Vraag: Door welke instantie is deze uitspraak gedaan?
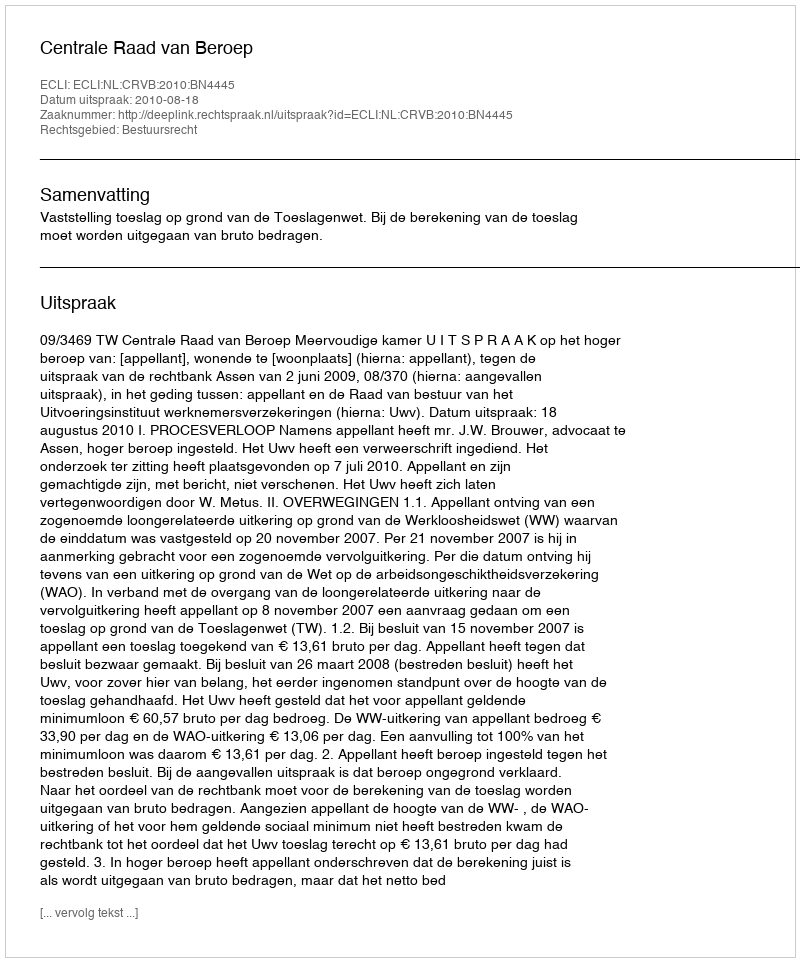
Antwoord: Centrale Raad van Beroep